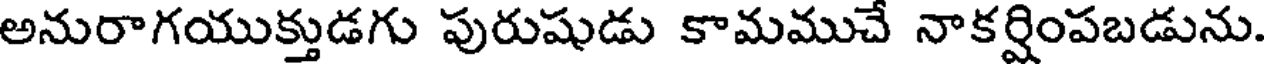
అనురాగయుక్తుడగు పురుషుడు కామముచే నాకర్షింపబడును